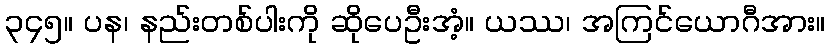
၃၄၅။ ပန၊ နည်းတစ်ပါးကို ဆိုပေဦးအံ့။ ယဿ၊ အကြင်ယောဂီအား။